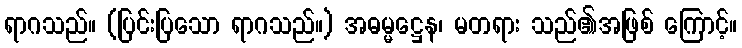
ရာဂသည်။ (ပြင်းပြသော ရာဂသည်။) အဓမ္မဋ္ဌေန၊ မတရား သည်၏အဖြစ် ကြောင့်။